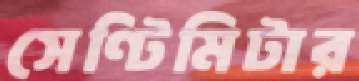
সেণ্টিমিটার